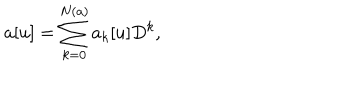
LaTeX: a [ u ] = \sum _ { k = 0 } ^ { N ( a ) } a _ { k } [ u ] D ^ { k } ,